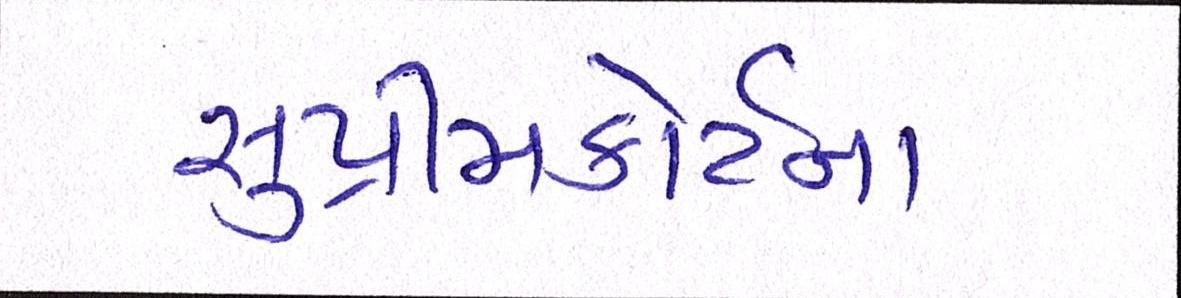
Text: સુપ્રીમકોર્ટના